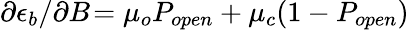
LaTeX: \partial\epsilon_{b}/\partial B\! =\mu_{o}P_{open}+\mu_{c}(1-P_{open})